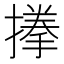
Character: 𭢐